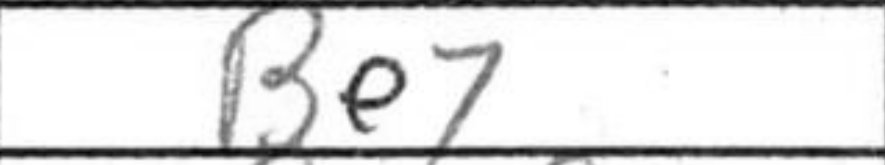
Transcription: Be7